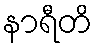
နာရီတိ